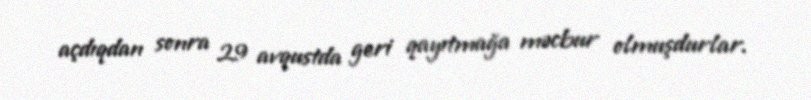
açdıqdan sonra 29 avqustda geri qayıtmağa məcbur olmuşdurlar.